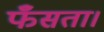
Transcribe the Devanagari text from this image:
फँसता।